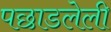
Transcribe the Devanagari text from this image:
पछाडलेली